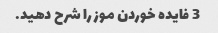
3 فایده خوردن موز را شرح دهید.